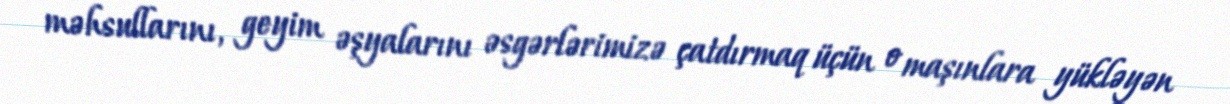
məhsullarını, geyim əşyalarını əsgərlərimizə çatdırmaq üçün o maşınlara yükləyən